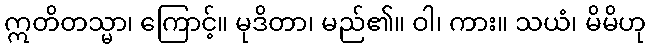
ဣတိတသ္မာ၊ ကြောင့်။ မုဒိတာ၊ မည်၏။ ဝါ၊ ကား။ သယံ၊ မိမိဟု